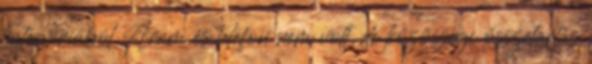
kategóriából Áram és telefon nem volt, de közösségi összetartás